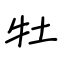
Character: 牡